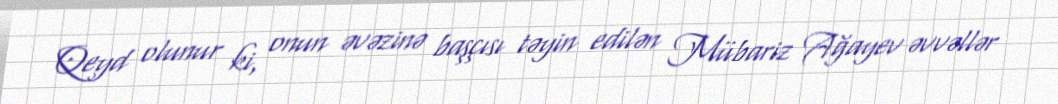
Qeyd olunur ki, onun əvəzinə başçısı təyin edilən Mübariz Ağayev əvvəllər